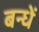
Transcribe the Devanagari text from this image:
बन्धें